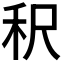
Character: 𬓤